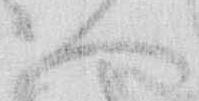
へ